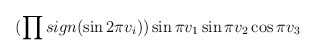
\begin{align*}(\prod sign(\sin2\pi v_i))\sin \pi v_1 \sin \pi v_2 \cos \pi v_3\end{align*}